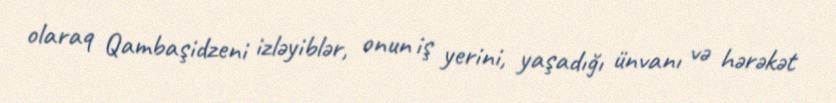
olaraq Qambaşidzeni izləyiblər, onun iş yerini, yaşadığı ünvanı və hərəkət